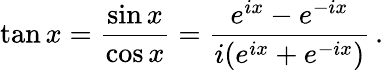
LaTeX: \tan x={\frac{\sin x}{\cos x}}={\frac{e^{ix}-e^{-ix}}{i({e^{ix}+e^{-ix}})}}\, .